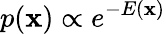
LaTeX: p(\mathbf{x})\propto e^{-E(\mathbf{x})}